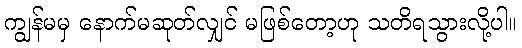
ကျွန်မမှ နောက်မဆုတ်လျှင် မဖြစ်တော့ဟု သတိရသွားလို့ပါ။